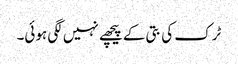
ٹرک کی بتی کے پیچھے نہیں لگی ہوئی۔